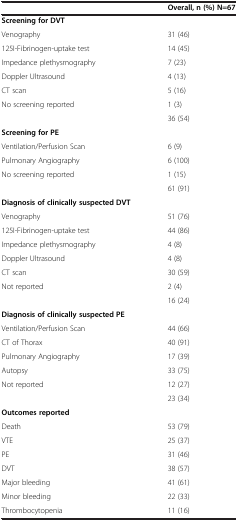
<table><thead><tr><td><b> </b></td><td><b>Overall, n (%) N=67</b></td></tr></thead><tbody><tr><td><b>Screening for DVT</b></td><td> </td></tr><tr><td>Venography</td><td>31 (46)</td></tr><tr><td>125I-Fibrinogen-uptake test</td><td>14 (45)</td></tr><tr><td>Impedance plethysmography</td><td>7 (23)</td></tr><tr><td>Doppler Ultrasound</td><td>4 (13)</td></tr><tr><td>CT scan</td><td>5 (16)</td></tr><tr><td>No screening reported</td><td>1 (3)</td></tr><tr><td> </td><td>36 (54)</td></tr><tr><td><b>Screening for PE</b></td><td> </td></tr><tr><td>Ventilation/Perfusion Scan</td><td>6 (9)</td></tr><tr><td>Pulmonary Angiography</td><td>6 (100)</td></tr><tr><td>No screening reported</td><td>1 (15)</td></tr><tr><td> </td><td>61 (91)</td></tr><tr><td><b>Diagnosis of clinically suspected DVT</b></td><td> </td></tr><tr><td>Venography</td><td>51 (76)</td></tr><tr><td>125I-Fibrinogen-uptake test</td><td>44 (86)</td></tr><tr><td>Impedance plethysmography</td><td>4 (8)</td></tr><tr><td>Doppler Ultrasound</td><td>4 (8)</td></tr><tr><td>CT scan</td><td>30 (59)</td></tr><tr><td>Not reported</td><td>2 (4)</td></tr><tr><td> </td><td>16 (24)</td></tr><tr><td><b>Diagnosis of clinically suspected PE</b></td><td> </td></tr><tr><td>Ventilation/Perfusion Scan</td><td>44 (66)</td></tr><tr><td>CT of Thorax</td><td>40 (91)</td></tr><tr><td>Pulmonary Angiography</td><td>17 (39)</td></tr><tr><td>Autopsy</td><td>33 (75)</td></tr><tr><td>Not reported</td><td>12 (27)</td></tr><tr><td> </td><td>23 (34)</td></tr><tr><td><b>Outcomes reported</b></td><td> </td></tr><tr><td>Death</td><td>53 (79)</td></tr><tr><td>VTE</td><td>25 (37)</td></tr><tr><td>PE</td><td>31 (46)</td></tr><tr><td>DVT</td><td>38 (57)</td></tr><tr><td>Major bleeding</td><td>41 (61)</td></tr><tr><td>Minor bleeding</td><td>22 (33)</td></tr><tr><td>Thrombocytopenia</td><td>11 (16)</td></tr></tbody></table>